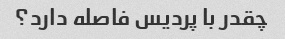
چقدر با پردیس فاصله دارد؟